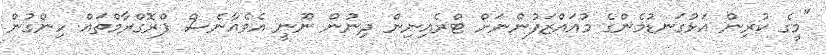
"މީގެ ކުރިން އަޅުގަނޑުމެންގެ މުއައްޒަފުންނަށް ޓްރެއިނިން ދިނުން ނޫނީ އެވެއާނެސް ޕްރޮގްރާމްތައް ހިންގުން